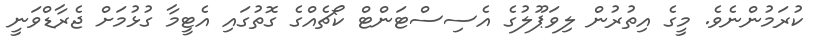
ކުރަމުންނެވެ. މީގެ އިތުރުން ލިވަޕޫލުގެ އެސިސްޓަންޓް ކޯޗެއްގެ ގޮތުގައި އެޓީމާ ގުޅުމަށް ޖެރާޑްވަނީ